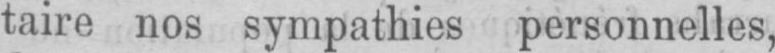
taire nos sympathies personnelles,